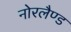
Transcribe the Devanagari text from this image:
नोरलैण्ड